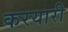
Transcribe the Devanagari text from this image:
करयारी